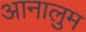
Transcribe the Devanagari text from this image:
आनालुम